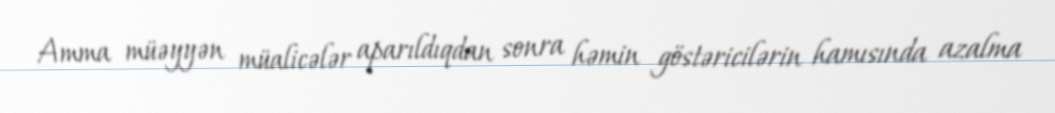
Amma müəyyən müalicələr aparıldıqdan sonra həmin göstəricilərin hamısında azalma